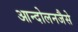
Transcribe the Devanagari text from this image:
आन्दोलनजैसे